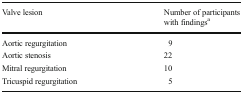
<table><thead><tr><td><b>Valve lesion</b></td><td><b>Number of participants with findings<sup>a</sup></b></td></tr></thead><tbody><tr><td>Aortic regurgitation</td><td>9</td></tr><tr><td>Aortic stenosis</td><td>22</td></tr><tr><td>Mitral regurgitation</td><td>10</td></tr><tr><td>Tricuspid regurgitation</td><td>5</td></tr></tbody></table>